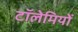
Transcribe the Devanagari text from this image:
टॉलेमियों